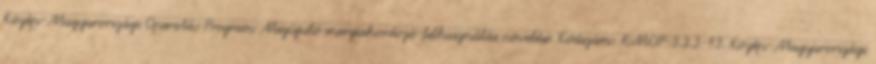
Közép-Magyarországi Operatív Program Megújuló energiahordozó-felhasználás növelése. Kódszám: KMOP-3.3.3-13. Közép-Magyarországi